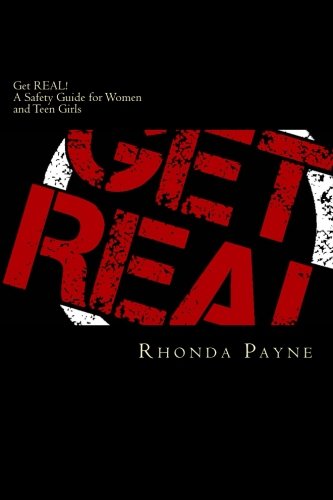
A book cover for Get REAL: A Safety Guide for Women and Teen Girls; Rhonda Payne; Health, Fitness & Dieting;